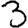
Digit: 3